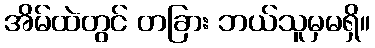
အိမ်ထဲတွင် တခြား ဘယ်သူမှမရှိ။